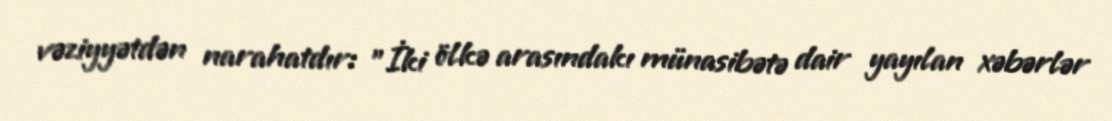
vəziyyətdən narahatdır: "İki ölkə arasındakı münasibətə dair yayılan xəbərlər